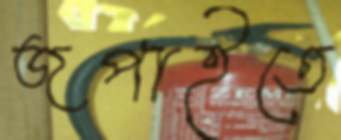
জপাইতে